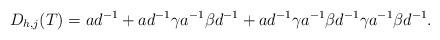
LaTeX: \begin{align*} D_{h,j}(T)=ad^{-1}+ad^{-1}\gamma a^{-1}\beta d^{-1}+ad^{-1}\gamma a^{-1}\beta d^{-1}\gamma a^{-1}\beta d^{-1}.\end{align*}